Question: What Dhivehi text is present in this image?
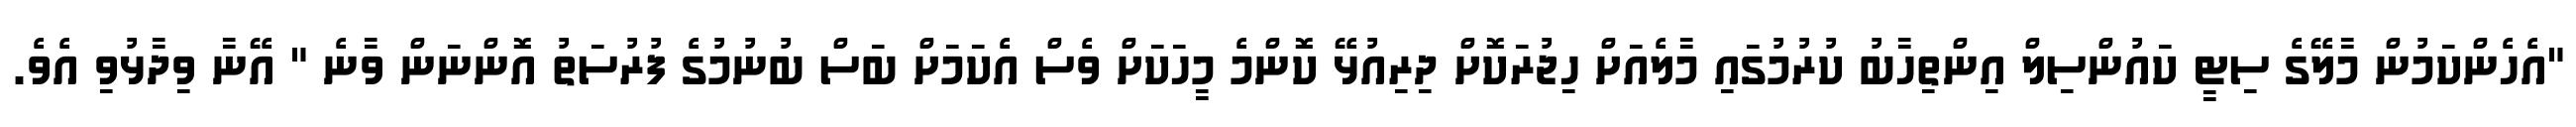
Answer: "އެހެންކަމުން މާލޭގެ ސިޓީ ކައުންސިލް އިންތިހާބު ކުރުމުގައި މާލެއަށް ހިޖުރަކޮށް ދިރިއުޅޭ ކޮންމެ މީހަކަށް ވެސް އެކަމަށް ބަސް ބުނުމުގެ ފުރުސަތު އޮންނަން ވާނެ " އޭނާ ވިދާޅުވި އެވެ.